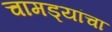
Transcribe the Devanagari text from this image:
चामड्यांचा